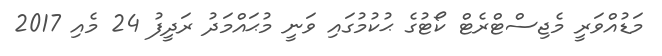
މަޑުއްވަރީ މެޖިސްޓްރެޓް ކޯޓުގެ ޙުކުމުގައި ވަނީ މުޙައްމަދު ރަދީފު 24 މެއި 2017